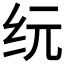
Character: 𰫾